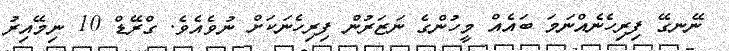
ނޭނގޭ ފިރިހެނެއްނަމަ ބައެއް މީހުންގެ ނަޒަރުން ފިރިހެނަކަށް ނުވެއެވެ. ގްރޭޑް 10 ނިމޭއިރު